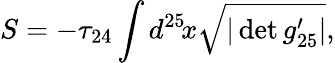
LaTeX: S=-\tau_{24}\int d^{25}\! x\sqrt{|\operatorname*{det}g_{25}^{\prime}|},